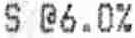
S @6.0%